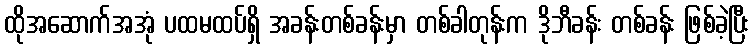
ထိုအဆောက်အအုံ ပထမထပ်ရှိ အခန်းတစ်ခန်းမှာ တစ်ခါတုန်းက ဒိုဘီခန်း တစ်ခန်း ဖြစ်ခဲ့ပြီး